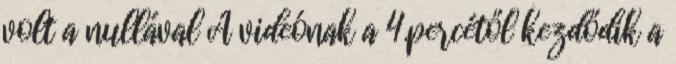
volt a nullával A videónak a 4.percétől kezdődik a